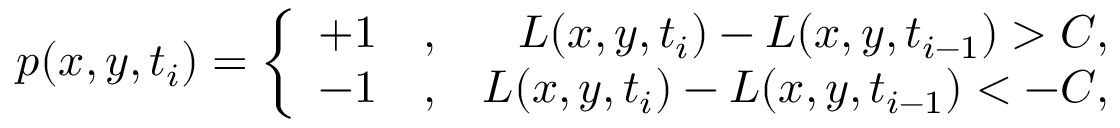
p { ( x , y , t _ { i } ) } = \left\{ \begin{array} { r l r } { + 1 } & { { } , } & { L ( x , y , t _ { i } ) - L ( x , y , t _ { i - 1 } ) > C , } \\ { - 1 } & { { } , } & { L ( x , y , t _ { i } ) - L ( x , y , t _ { i - 1 } ) < - C , } \end{array} \right.